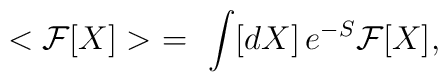
< {\cal F}[X] > \ =\ \int [dX]\, e^{-S} {\cal F}[X],